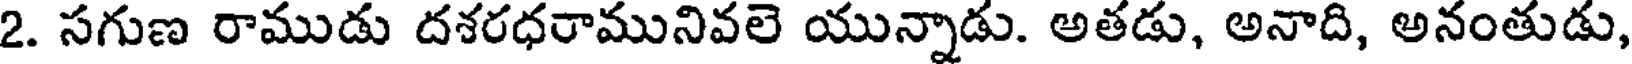
2. సగుణ రాముడు దశరధరామునివలె యున్నాడు. అతడు, అనాది, అనంతుడు,